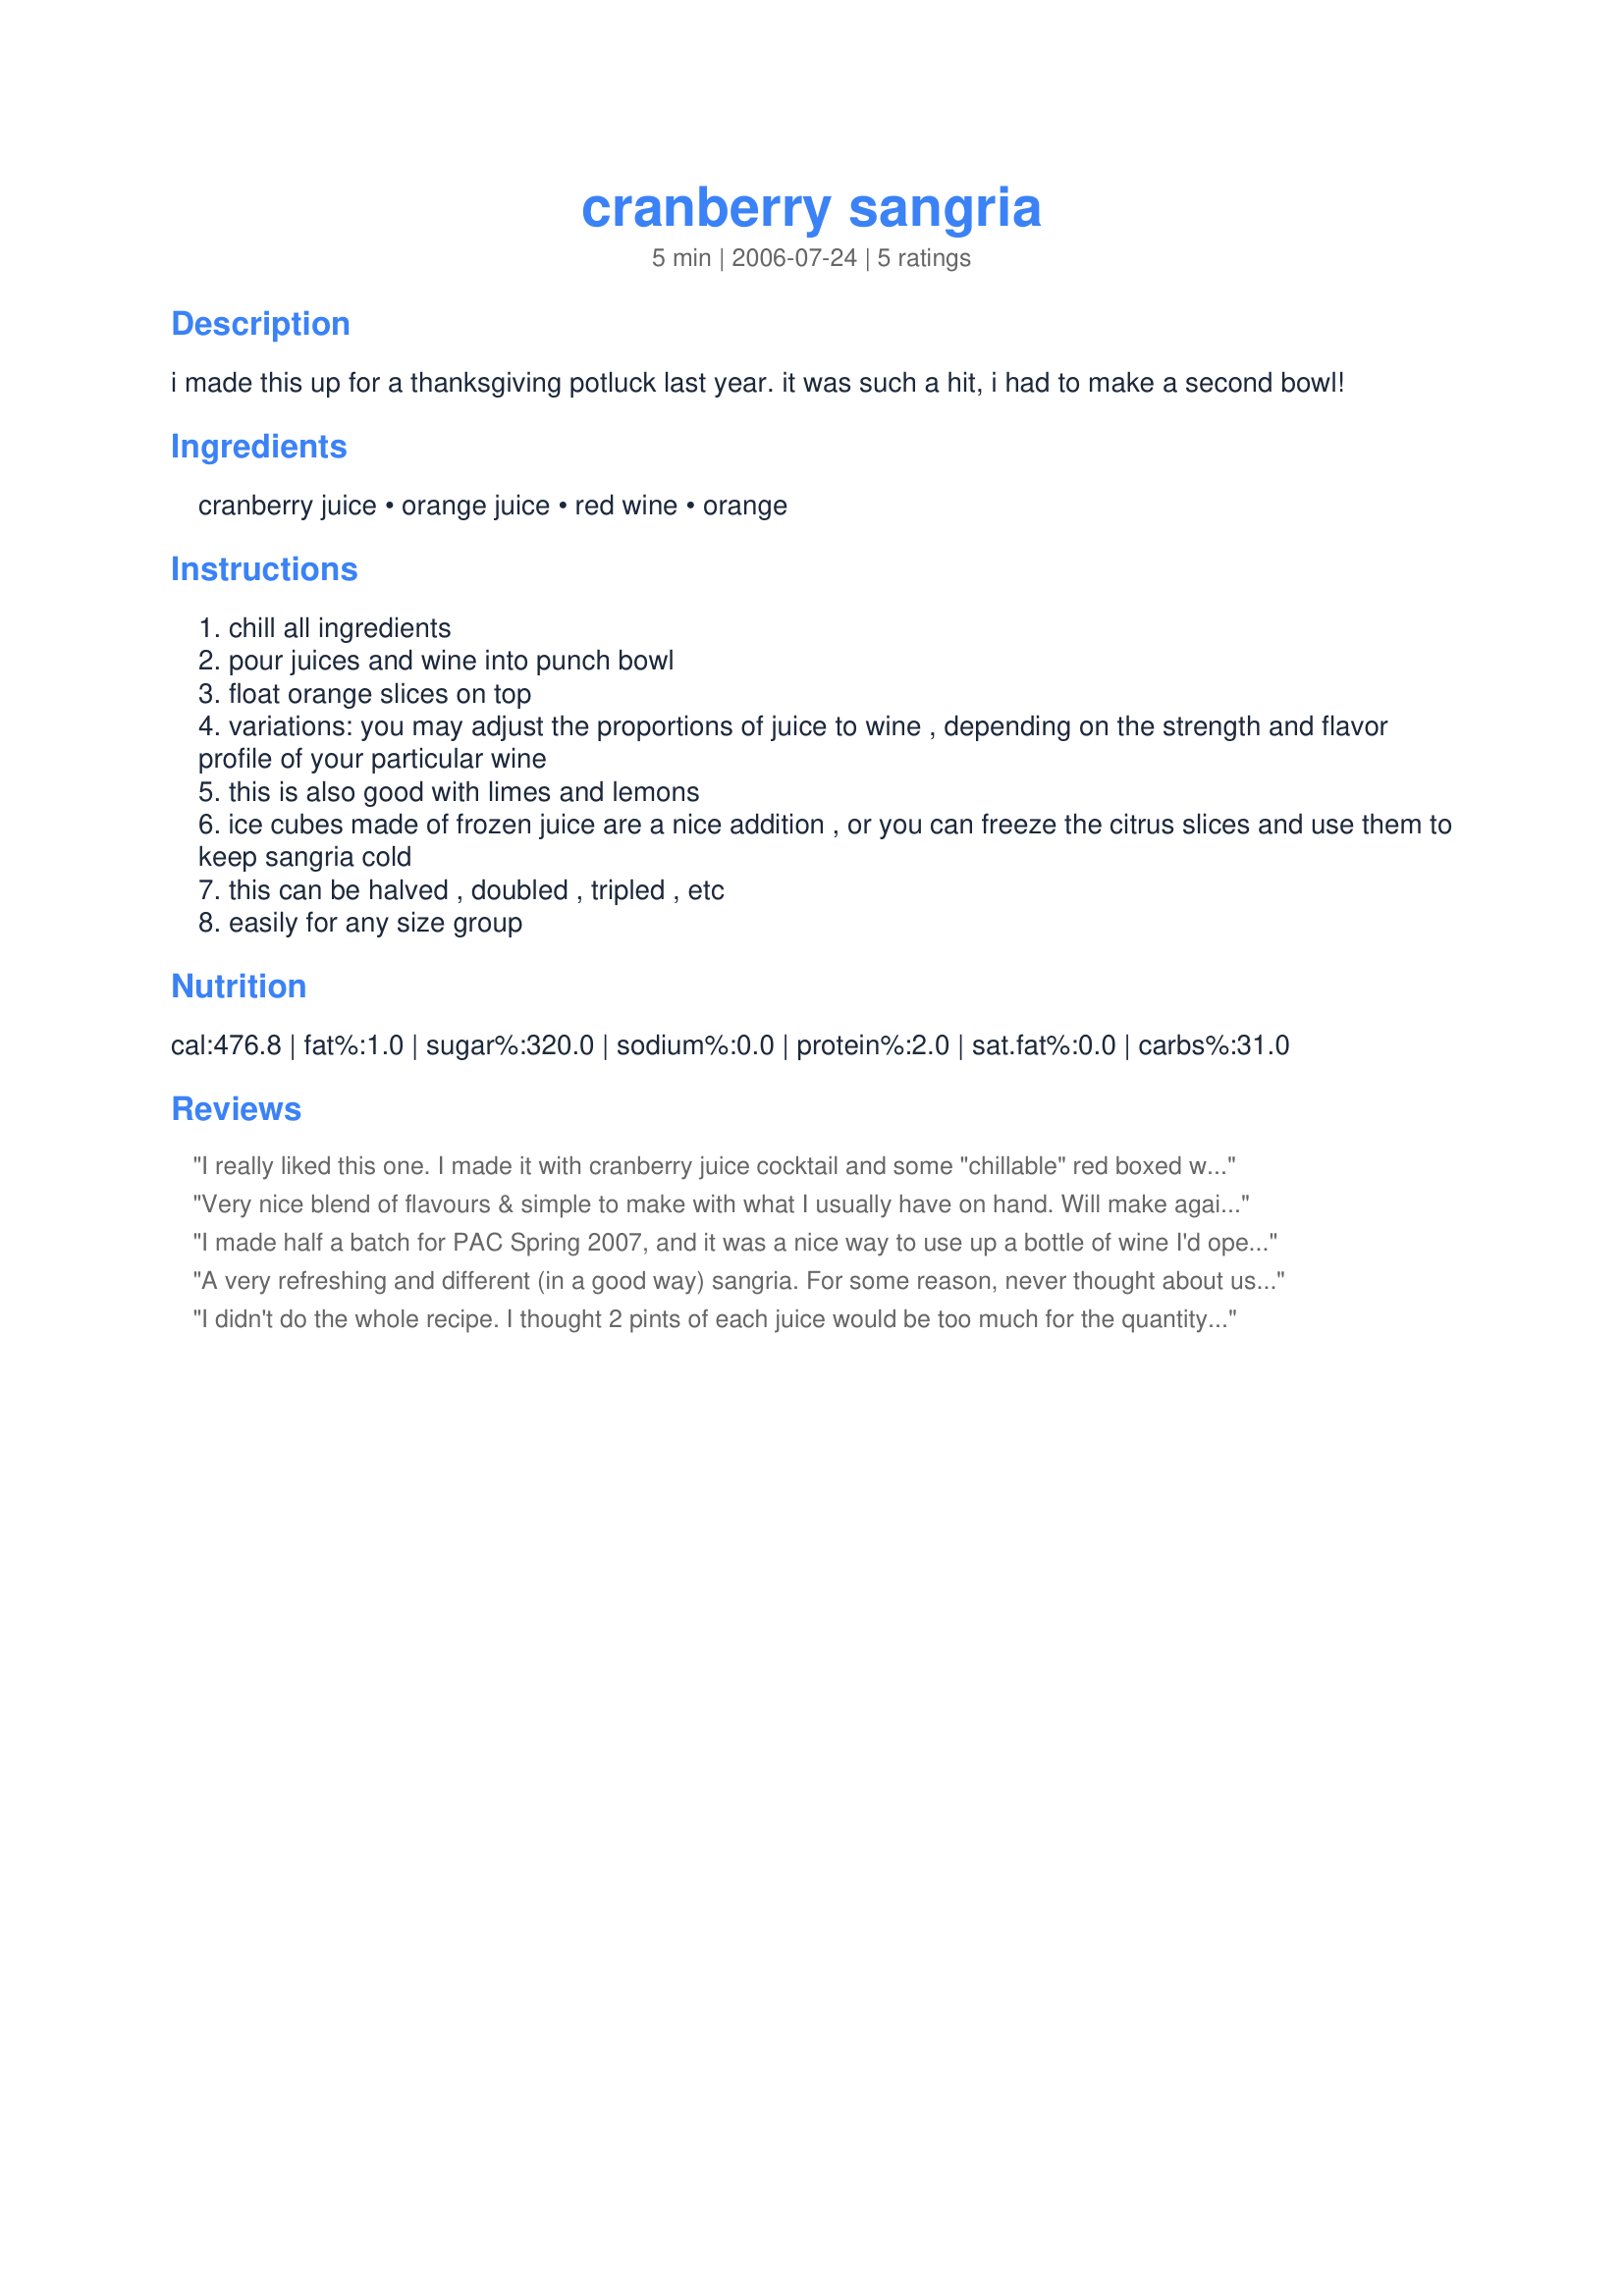
cranberry sangria
Preparation time: 5 minutes

i made this up for a thanksgiving potluck last year. it was such a hit, i had to make a second bowl!

Ingredients:
cranberry juice, orange juice, red wine, orange

Steps:
chill all ingredients
pour juices and wine into punch bowl
float orange slices on top
variations: you may adjust the proportions of juice to wine , depending on the strength and flavor profile of your particular wine
this is also good with limes and lemons
ice cubes made of frozen juice are a nice addition , or you can freeze the citrus slices and use them to keep sangria cold
this can be halved , doubled , tripled , etc
easily for any size group

Reviews:
I really liked this one. I made it with cranberry juice cocktail and
some "chillable" red boxed wine.
It was surprisingly good and is a keeper for us !
Very nice blend of flavours & simple to make with what I usually have on hand. Will make again, thanks! For ZWT III
I made half a batch for PAC Spring 2007, and it was a nice way to use up a bottle of wine I'd opened for cooking. It's a very low maintenance sangria using ingredients we always have on hand. Thanks EmmyDuckie!
A very refreshing and different (in a good way) sangria. For some reason, never thought about using cranberries for sangria which is odd since I love them so much and try them in some unusual recipes. I thought the flavours blended nicely for a drink that went down smoothly. Will make again. Made for ZWT4.
I didn't do the whole recipe. I thought 2 pints of each juice would be too much for the quantity of wine. That's my preference. I prefer it more potent LOL So I did it in 2 glasses. Near 2 ounces of red wine (merlot) and 1 ounce of each juice. It was a nice taste. Not too sweet. Very refreshing. Thanks Emmy. Made for the Babes of ZWT4
